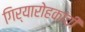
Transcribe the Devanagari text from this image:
गिर्यारोहकांची